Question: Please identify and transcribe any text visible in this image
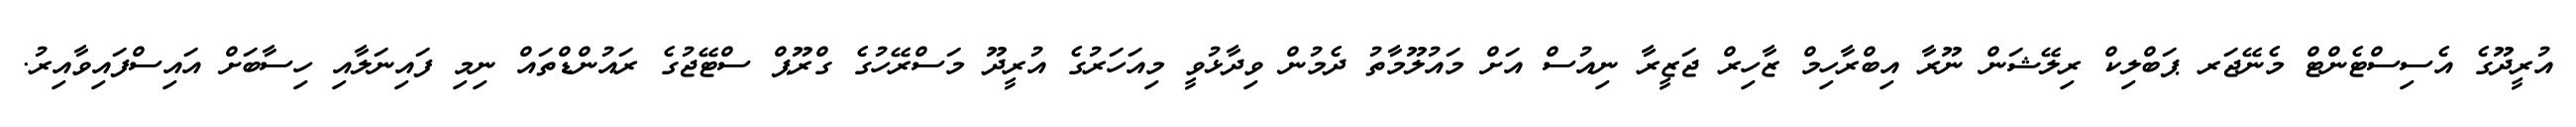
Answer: އުރީދޫގެ އެސިސްޓެންޓް މެނޭޖަރ ޕަބްލިކް ރިލޭޝަން ނޫރާ އިބްރާހިމް ޒާހިރް ޖަޒީރާ ނިއުސް އަށް މައުލޫމާތު ދެމުން ވިދާޅުވީ މިއަހަރުގެ އުރީދޫ މަސްރޭހުގެ ގްރޫޕް ސްޓޭޖުގެ ރައުންޑްތައް ނިމި ފައިނަލާއި ހިސާބަށް އައިސްފައިވާއިރު.